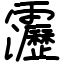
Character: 靋